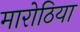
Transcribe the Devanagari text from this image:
मारोठिया